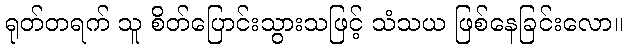
ရုတ်တရက် သူ စိတ်ပြောင်းသွားသဖြင့် သံသယ ဖြစ်နေခြင်းလော။